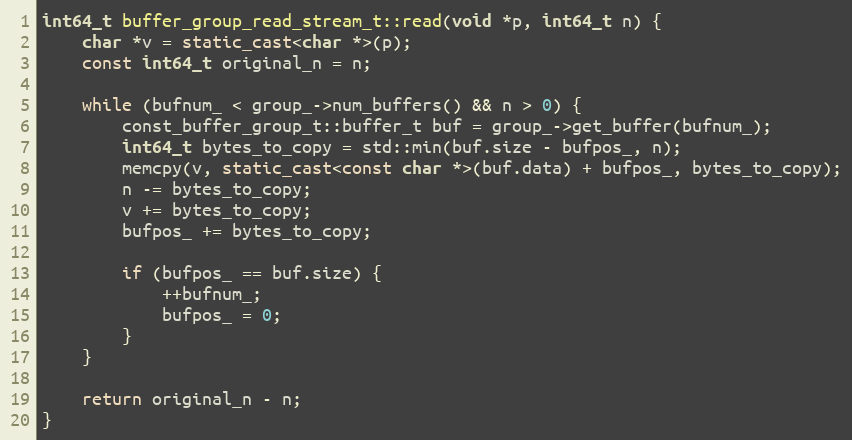
Language: C++
int64_t buffer_group_read_stream_t::read(void *p, int64_t n) {
    char *v = static_cast<char *>(p);
    const int64_t original_n = n;

    while (bufnum_ < group_->num_buffers() && n > 0) {
        const_buffer_group_t::buffer_t buf = group_->get_buffer(bufnum_);
        int64_t bytes_to_copy = std::min(buf.size - bufpos_, n);
        memcpy(v, static_cast<const char *>(buf.data) + bufpos_, bytes_to_copy);
        n -= bytes_to_copy;
        v += bytes_to_copy;
        bufpos_ += bytes_to_copy;

        if (bufpos_ == buf.size) {
            ++bufnum_;
            bufpos_ = 0;
        }
    }

    return original_n - n;
}